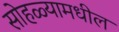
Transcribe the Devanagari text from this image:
सोहळ्यामधील